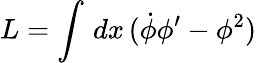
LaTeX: L=\int\, dx\, (\dot{\phi}\phi^{\prime}-\phi^{2})